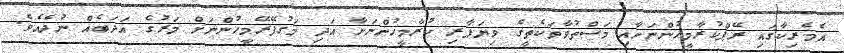
އެމެރިކާގައި ރޭޕްކުރާމީހުންނަށާއި މަސްތުވާތަކެތީގެ ވިޔަފާރި ކުރާމީހުންނަށާ އަދި މަގުފޭރޭމީހުންނަށް މަރުގެ އަދަބެއް ނުދެއެވެ.